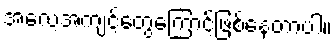
အလေ့အကျင့်တွေကြောင့်ဖြစ်နေတာပါ။